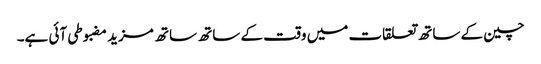
چین کے ساتھ تعلقات میں وقت کے ساتھ ساتھ مزید مضبوطی آئی ہے۔